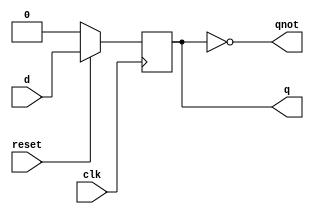
module dff_syncreset (clk,d,reset,q,qnot);

input clk,d,reset;
output reg q;
output qnot;

always @(posedge clk) begin
    
    if (!reset) begin
        q <= 1'b0;
    end

    else
        q <= d;
        
end

assign qnot = ~q;
    
endmodule